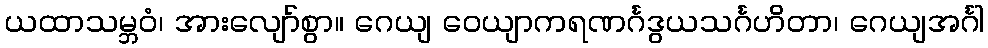
ယထာသမ္ဘဝံ၊ အားလျော်စွာ။ ဂေယျ ဝေယျာကရဏင်္ဂဒွယသင်္ဂဟိတာ၊ ဂေယျအင်္ဂါ